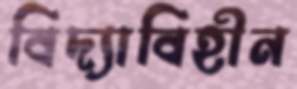
বিদ্যাবিহীন